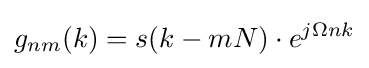
g_{nm}(k)=s(k-mN)\cdot e^{j\Omega nk}